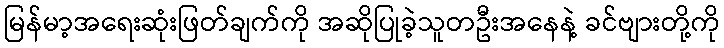
မြန်မာ့အရေးဆုံးဖြတ်ချက်ကို အဆိုပြုခဲ့သူတဦးအနေနဲ့ ခင်ဗျားတို့ကို